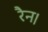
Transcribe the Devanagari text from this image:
रैन।